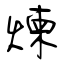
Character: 煉